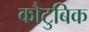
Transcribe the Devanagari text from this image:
कौटुबिक